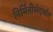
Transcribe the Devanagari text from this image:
निर्मितीसंदर्भात